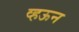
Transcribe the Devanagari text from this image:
व्हऊन